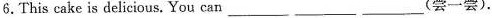
6.This cakeis delicious, You can______________(尝一尝).